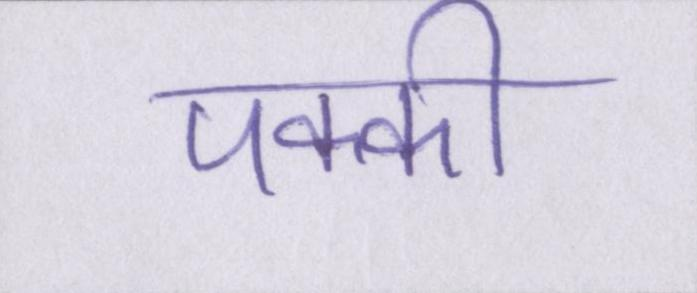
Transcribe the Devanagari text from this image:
पक्की